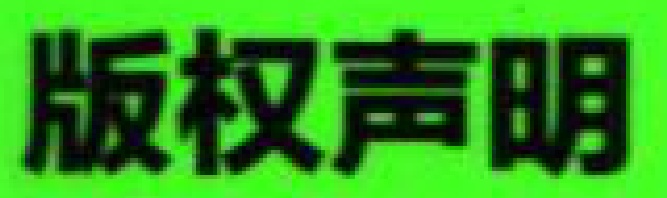
版权声明